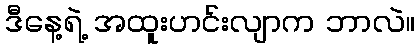
ဒီနေ့ရဲ့ အထူးဟင်းလျာက ဘာလဲ။